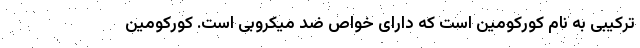
ترکیبی به نام کورکومین است که دارای خواص ضد میکروبی است. کورکومین